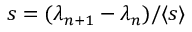
s = ( \lambda _ { n + 1 } - \lambda _ { n } ) / \langle s \rangle